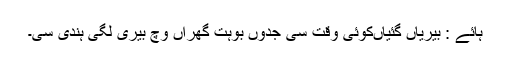
ہائے : بیریاں گئیاںکوئی وقت سی جدوں بوہت گھراں وچ بیری لگی ہُندی سی۔